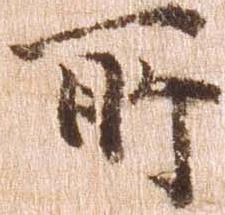
所